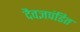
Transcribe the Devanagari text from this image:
दैवज्ञपंडित